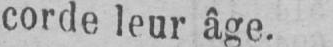
corde leur âge.